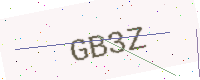
Text: GB3Z